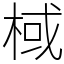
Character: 棫